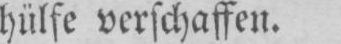
hülfe verschaffen.